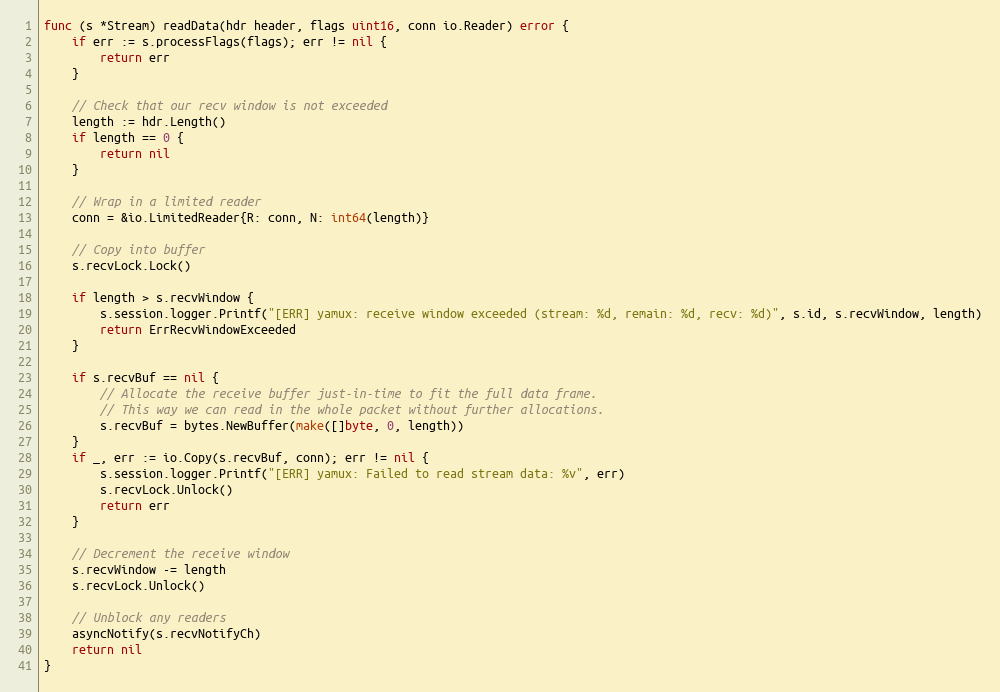
Language: Go
func (s *Stream) readData(hdr header, flags uint16, conn io.Reader) error {
	if err := s.processFlags(flags); err != nil {
		return err
	}

	// Check that our recv window is not exceeded
	length := hdr.Length()
	if length == 0 {
		return nil
	}

	// Wrap in a limited reader
	conn = &io.LimitedReader{R: conn, N: int64(length)}

	// Copy into buffer
	s.recvLock.Lock()

	if length > s.recvWindow {
		s.session.logger.Printf("[ERR] yamux: receive window exceeded (stream: %d, remain: %d, recv: %d)", s.id, s.recvWindow, length)
		return ErrRecvWindowExceeded
	}

	if s.recvBuf == nil {
		// Allocate the receive buffer just-in-time to fit the full data frame.
		// This way we can read in the whole packet without further allocations.
		s.recvBuf = bytes.NewBuffer(make([]byte, 0, length))
	}
	if _, err := io.Copy(s.recvBuf, conn); err != nil {
		s.session.logger.Printf("[ERR] yamux: Failed to read stream data: %v", err)
		s.recvLock.Unlock()
		return err
	}

	// Decrement the receive window
	s.recvWindow -= length
	s.recvLock.Unlock()

	// Unblock any readers
	asyncNotify(s.recvNotifyCh)
	return nil
}